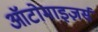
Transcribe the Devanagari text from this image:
ऑटोमाइज़र्स